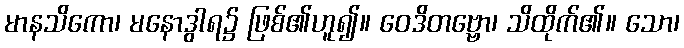
မာနသိကော၊ မနောဒွါရ၌ ဖြစ်၏ဟူ၍။ ဝေဒိတဗ္ဗော၊ သိထိုက်၏။ သော၊